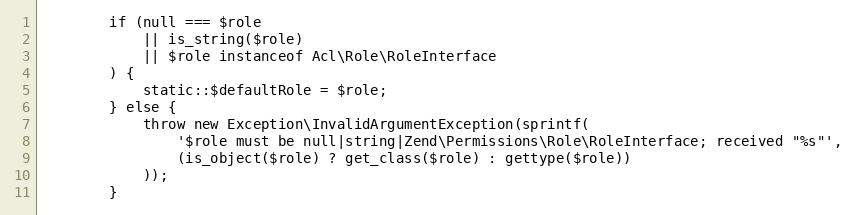
Language: PHP
        if (null === $role
            || is_string($role)
            || $role instanceof Acl\Role\RoleInterface
        ) {
            static::$defaultRole = $role;
        } else {
            throw new Exception\InvalidArgumentException(sprintf(
                '$role must be null|string|Zend\Permissions\Role\RoleInterface; received "%s"',
                (is_object($role) ? get_class($role) : gettype($role))
            ));
        }